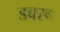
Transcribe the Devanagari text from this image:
डवरू